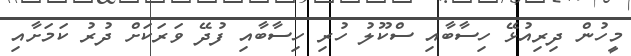
މީހުން ދިރިއުޅޭ ހިސާބާއި ސްކޫލު ހުރި ހިސާބާއި ފުދޭ ވަރަކަށް ދުރު ކަމަށާއި